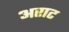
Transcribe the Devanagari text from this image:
अराट